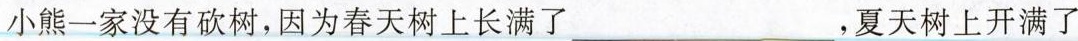
小熊一家没有砍树，因为春天树上长满了___